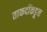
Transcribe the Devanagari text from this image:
ताकदींकडून